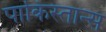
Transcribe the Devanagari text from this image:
पाकिस्तान्स